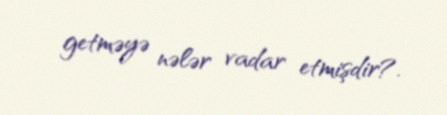
getməyə nələr vadar etmişdir?.